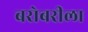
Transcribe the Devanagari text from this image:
बरोबरीला